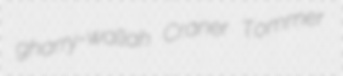
gharry-wallah Craner Tommer